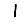
Digit: 1